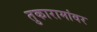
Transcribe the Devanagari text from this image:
तुकारामांवर